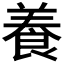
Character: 養